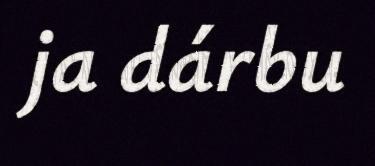
ja dárbu